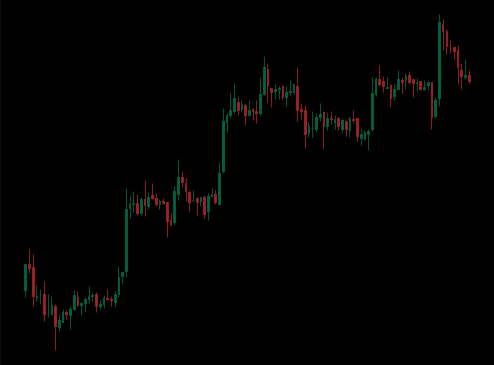
Pattern: unclassified